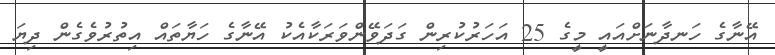
އޭނާގެ ހަނދާނަށްއައީ މީގެ 25 އަހަރުކުރިން ގަދަވޭންވަރަކާއެކު އޭނާގެ ހަޔާތައް އިތުރުވެގެން ދިޔަ